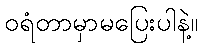
ဝရံတာမှာမပြေးပါနဲ့။